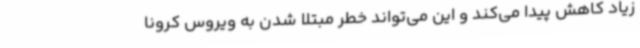
زیاد کاهش پیدا می‌کند و این می‌تواند خطر مبتلا شدن به ویروس کرونا